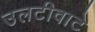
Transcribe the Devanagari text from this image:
उलटीवाटे